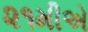
૨૧મીએ